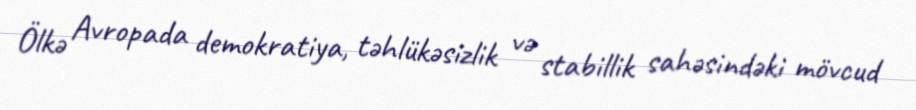
Ölkə Avropada demokratiya, təhlükəsizlik və stabillik sahəsindəki mövcud